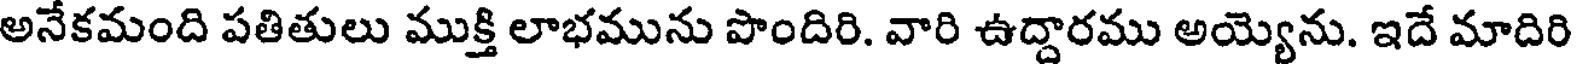
అనేకమంది పతితులు ముక్తి లాభమును పొందిరి. వారి ఉద్దారము అయ్యెను. ఇదే మాదిరి